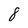
Character: 8